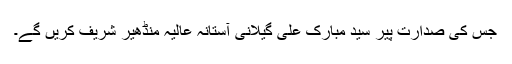
جس کی صدارت پیر سید مبارک علی گیلانی آستانہ عالیہ منڈھیر شریف کریں گے۔